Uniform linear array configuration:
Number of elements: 48
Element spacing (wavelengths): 1
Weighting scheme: hann
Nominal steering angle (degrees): -60
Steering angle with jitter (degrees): -61.899
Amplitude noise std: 0.05
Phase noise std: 0.05

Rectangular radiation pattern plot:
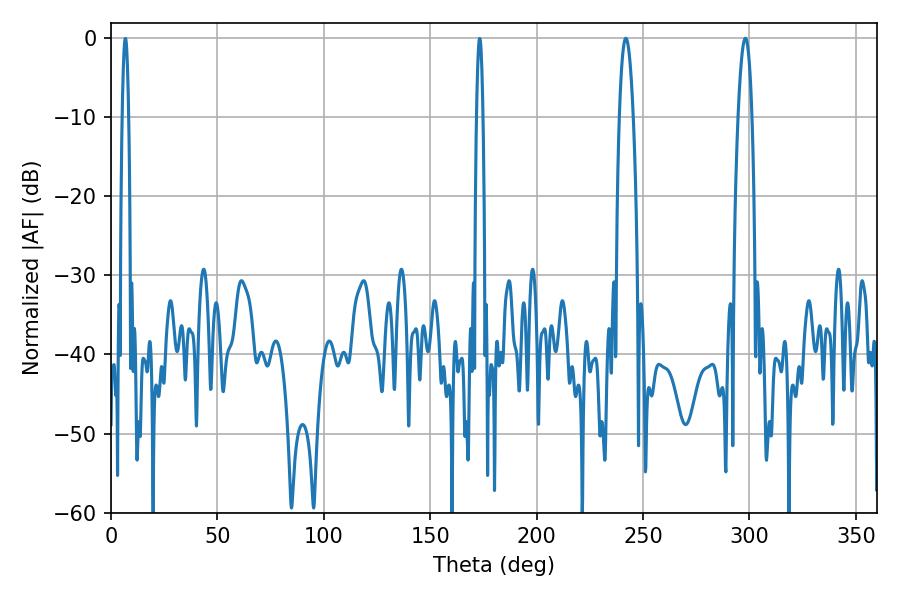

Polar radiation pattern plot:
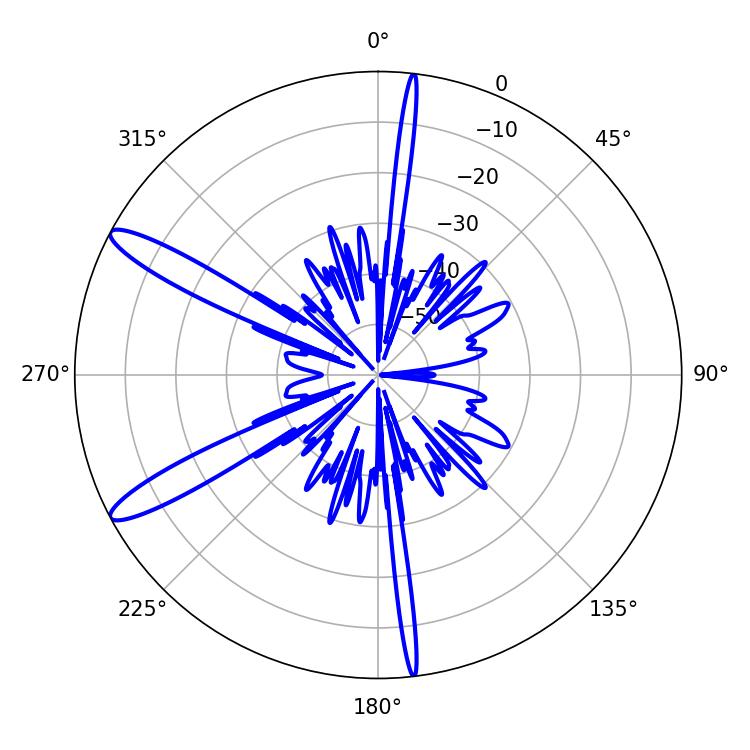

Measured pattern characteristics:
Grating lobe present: TRUE
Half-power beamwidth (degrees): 3.6
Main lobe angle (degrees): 298.08